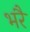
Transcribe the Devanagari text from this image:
भरै